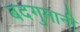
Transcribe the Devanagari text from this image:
बदगुमानी